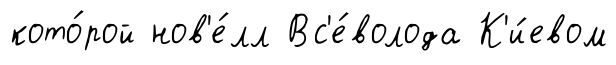
кото́рой нов'е́лл Вс'е́волода К'и́евом